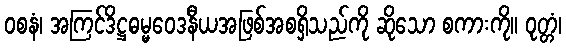
ဝစနံ၊ အကြင်ဒိဋ္ဌဓမ္မဝေဒနီယအဖြစ်အစရှိသည်ကို ဆိုသော စကားကို။ ဝုတ္တံ၊